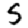
Digit: 5